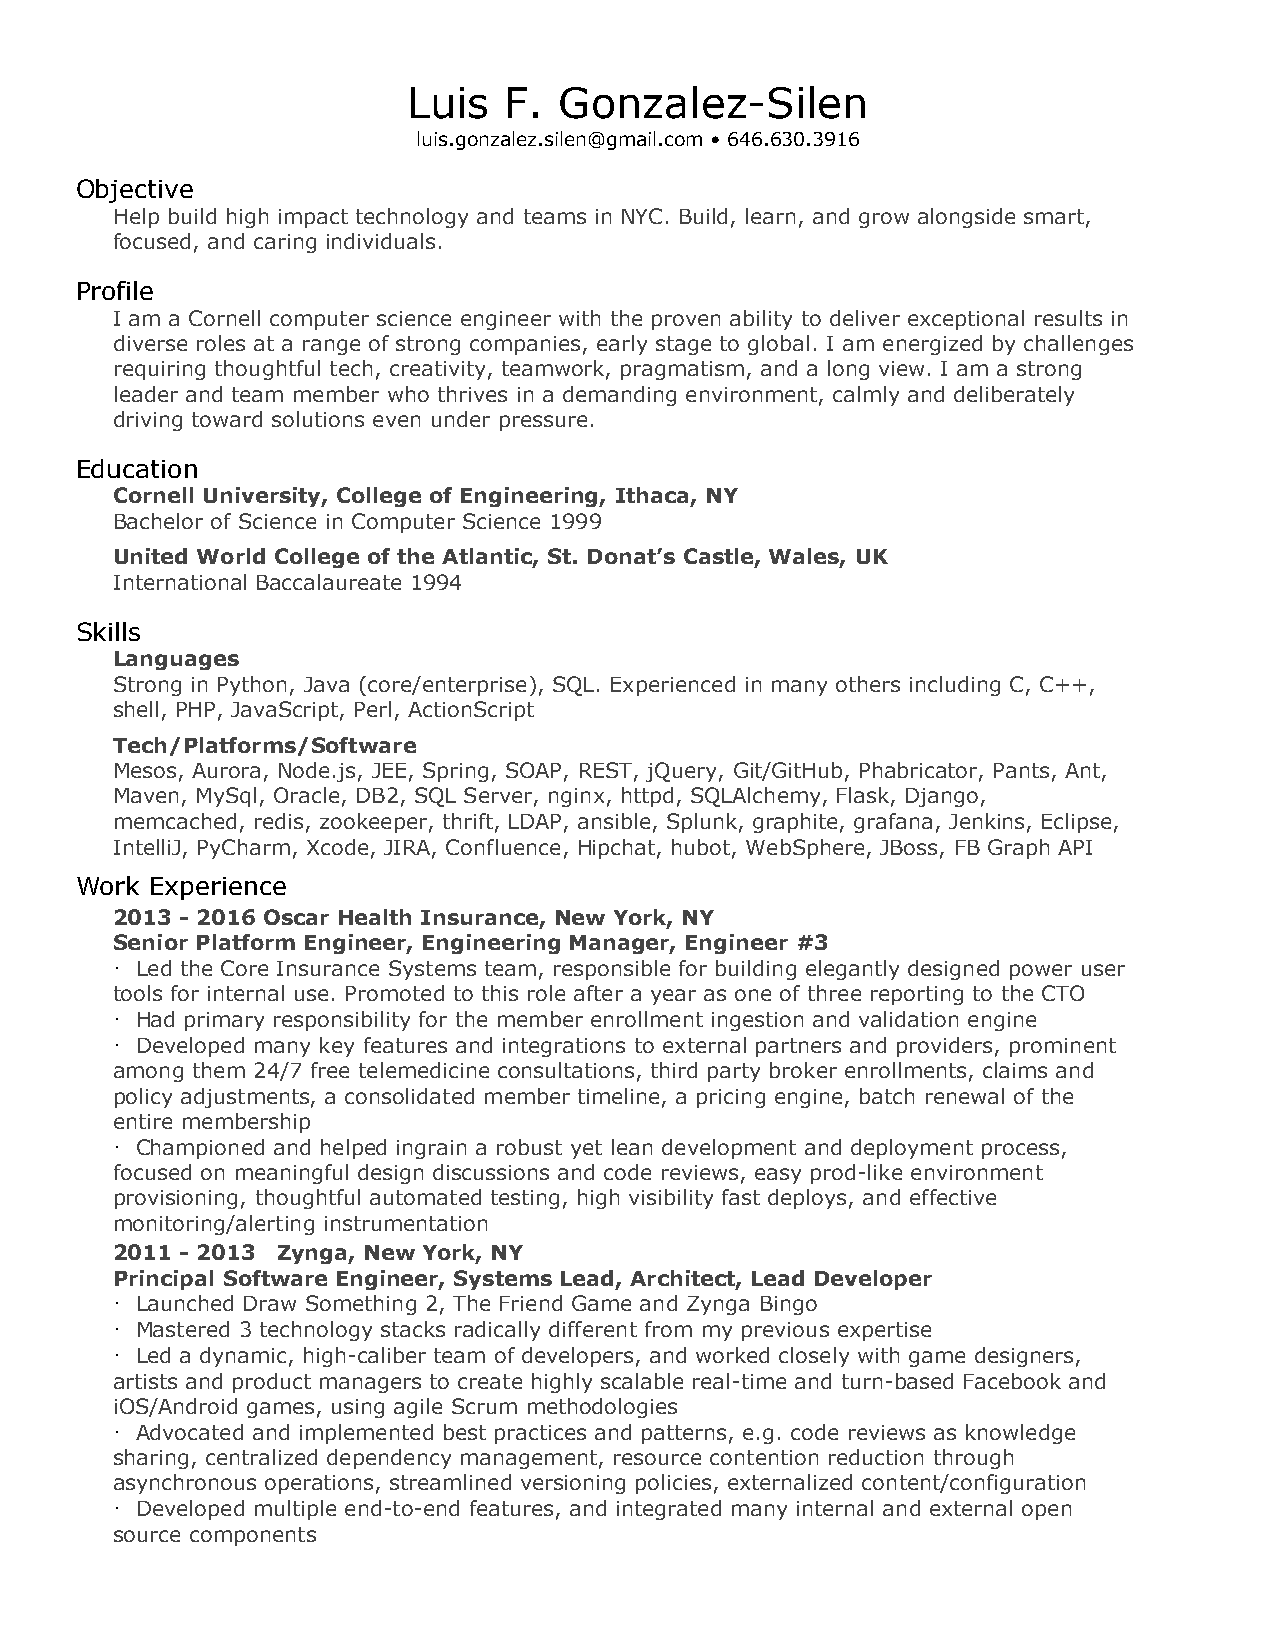
Luis  F.  Gonzalez-Silen
 luis.gonzalez.silen@gmail.com • 646.630.3916
 Objective
 Help build high impact technology and teams in NYC. Build, learn, and grow alongside smart,
 focused, and caring individuals.
 Profile
 I am a Cornell computer science engineer with the proven ability to deliver exceptional results in
 diverse roles at a range of strong companies, early stage to global. I am energized by challenges
 requiring thoughtful tech, creativity, teamwork, pragmatism, and a long view. I am a strong
 leader and team member who thrives in a demanding environment, calmly and deliberately
 driving toward solutions even under pressure.
 Education
 Cornell University, College of Engineering, Ithaca, NY
 Bachelor of Science in Computer Science 1999
 United World College of the Atlantic, St. Donat’s Castle, Wales, UK
 International Baccalaureate 1994
 Skills
 Languages
 Strong in Python, Java (core/enterprise), SQL. Experienced in many others including C, C++,
 shell, PHP, JavaScript, Perl, ActionScript
 Tech/Platforms/Software
 Mesos, Aurora, Node.js, JEE, Spring, SOAP, REST, jQuery, Git/GitHub, Phabricator, Pants, Ant,
 Maven, MySql, Oracle, DB2, SQL Server, nginx, httpd, SQLAlchemy, Flask, Django,
 memcached, redis, zookeeper, thrift, LDAP, ansible, Splunk, graphite, grafana, Jenkins, Eclipse,
 IntelliJ, PyCharm, Xcode, JIRA, Confluence, Hipchat, hubot, WebSphere, JBoss, FB Graph API
 Work Experience
 2013 - 2016 Oscar Health Insurance, New York, NY
 Senior Platform Engineer, Engineering Manager, Engineer #3
 · Led the Core Insurance Systems team, responsible for building elegantly designed power user
 tools for internal use. Promoted to this role after a year as one of three reporting to the CTO
 · Had primary responsibility for the member enrollment ingestion and validation engine
 · Developed many key features and integrations to external partners and providers, prominent
 among them 24/7 free telemedicine consultations, third party broker enrollments, claims and
 policy adjustments, a consolidated member timeline, a pricing engine, batch renewal of the
 entire membership
 · Championed and helped ingrain a robust yet lean development and deployment process,
 focused on meaningful design discussions and code reviews, easy prod-like environment
 provisioning, thoughtful automated testing, high visibility fast deploys, and effective
 monitoring/alerting instrumentation
 2011 - 2013 Zynga, New York, NY
 Principal Software Engineer, Systems Lead, Architect, Lead Developer
 · Launched Draw Something 2, The Friend Game and Zynga Bingo
 · Mastered 3 technology stacks radically different from my previous expertise
 · Led a dynamic, high-caliber team of developers, and worked closely with game designers,
 artists and product managers to create highly scalable real-time and turn-based Facebook and
 iOS/Android games, using agile Scrum methodologies
 · Advocated and implemented best practices and patterns, e.g. code reviews as knowledge
 sharing, centralized dependency management, resource contention reduction through
 asynchronous operations, streamlined versioning policies, externalized content/configuration
 · Developed multiple end-to-end features, and integrated many internal and external open
 source components